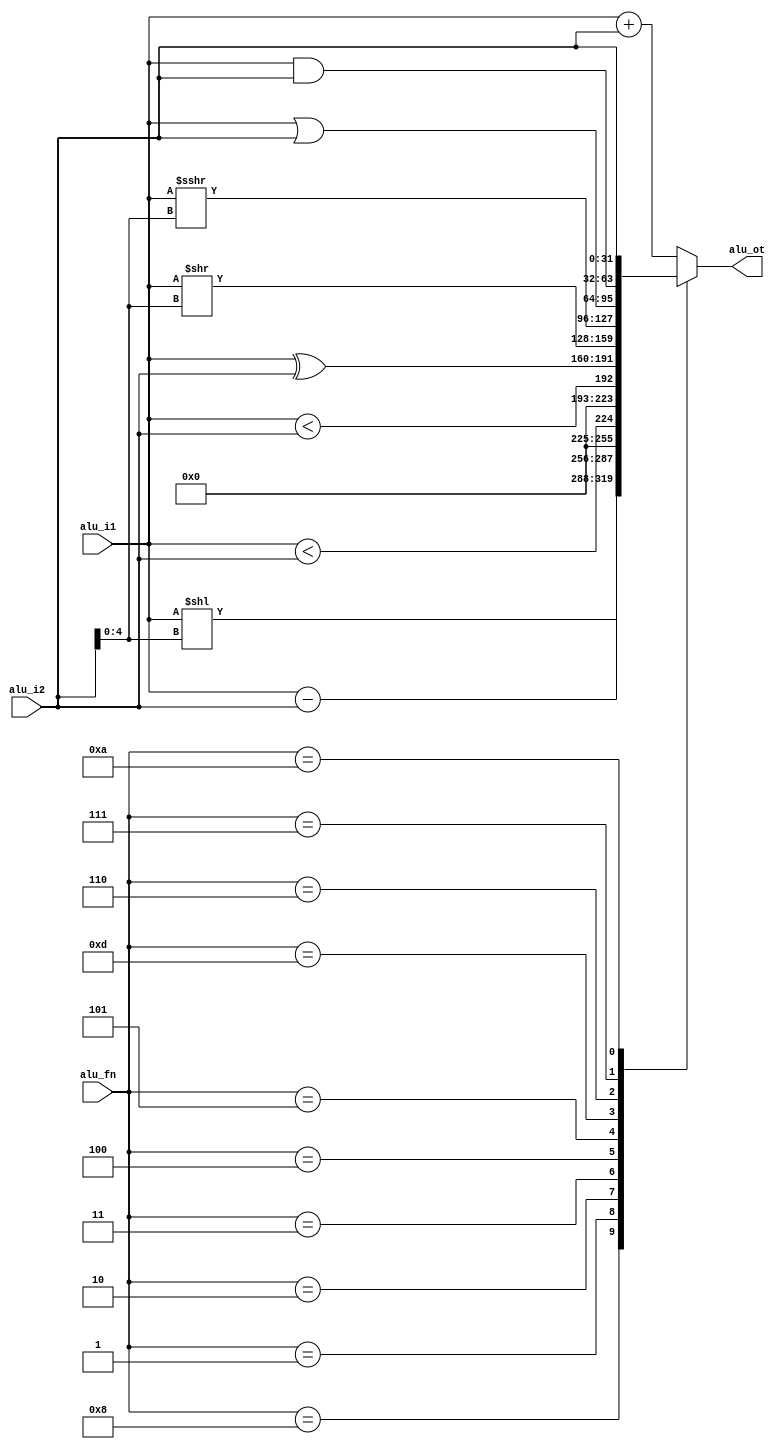
// MIT License
// -----------
// 
// Copyright (c) 2023 Watson Huang (watson.edx@gmail.com)
// Permission is hereby granted, free of charge, to any person
// obtaining a copy of this software and associated documentation
// files (the "Software"), to deal in the Software without
// restriction, including without limitation the rights to use,
// copy, modify, merge, publish, distribute, sublicense, and/or sell
// copies of the Software, and to permit persons to whom the
// Software is furnished to do so, subject to the following
// conditions:
// 
// The above copyright notice and this permission notice shall be
// included in all copies or substantial portions of the Software.
// 
// THE SOFTWARE IS PROVIDED "AS IS", WITHOUT WARRANTY OF ANY KIND,
// EXPRESS OR IMPLIED, INCLUDING BUT NOT LIMITED TO THE WARRANTIES
// OF MERCHANTABILITY, FITNESS FOR A PARTICULAR PURPOSE AND
// NONINFRINGEMENT. IN NO EVENT SHALL THE AUTHORS OR COPYRIGHT
// HOLDERS BE LIABLE FOR ANY CLAIM, DAMAGES OR OTHER LIABILITY,
// WHETHER IN AN ACTION OF CONTRACT, TORT OR OTHERWISE, ARISING
// FROM, OUT OF OR IN CONNECTION WITH THE SOFTWARE OR THE USE OR
// OTHER DEALINGS IN THE SOFTWARE.
// -----------
// SPDX-License-Identifier: MIT

module rv151_alu(
    input   [31:0] alu_i1,
    input   [31:0] alu_i2,
    input   [3:0]  alu_fn, //function
    output  [31:0] alu_ot
);

wire [31:0] ot_add ;
wire [31:0] ot_sub ;
wire [31:0] ot_sll ;
wire [31:0] ot_slt ;
wire [31:0] ot_sltu;
wire [31:0] ot_xor ;
wire [31:0] ot_srl ;
wire [31:0] ot_sra ;
wire [31:0] ot_or  ;
wire [31:0] ot_and ;

reg [31:0] alu_out;

assign ot_add  = alu_i1 + alu_i2;
assign ot_sub  = alu_i1 - alu_i2;
assign ot_sll  = alu_i1 << alu_i2[4:0];
assign ot_slt  = {31'h0, $signed(alu_i1)   < $signed(alu_i2)  };
assign ot_sltu = {31'h0, $unsigned(alu_i1) < $unsigned(alu_i2)};
assign ot_xor  = alu_i1 ^ alu_i2;
assign ot_srl  = alu_i1 >> alu_i2[4:0];
assign ot_sra  = $signed(alu_i1) >>> alu_i2[4:0];
assign ot_or   = alu_i1 | alu_i2;
assign ot_and  = alu_i1 & alu_i2;

assign alu_ot = alu_out;

always@(*) begin
    case(alu_fn)
        {4'b0000} : alu_out = ot_add  ;
        {4'b1000} : alu_out = ot_sub  ;
        {4'b0001} : alu_out = ot_sll  ;
        {4'b0010} : alu_out = ot_slt  ;
        {4'b0011} : alu_out = ot_sltu ;
        {4'b0100} : alu_out = ot_xor  ;
        {4'b0101} : alu_out = ot_srl  ;
        {4'b1101} : alu_out = ot_sra  ;
        {4'b0110} : alu_out = ot_or   ;
        {4'b0111} : alu_out = ot_and  ;
        {4'b1010} : alu_out = alu_i2  ;
        default   : alu_out = ot_add  ;
    endcase
end

endmodule